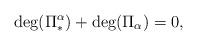
LaTeX: \begin{align*}\hbox{deg}(\Pi_*^{\alpha})+\hbox{deg}(\Pi_{\alpha})=0,\end{align*}